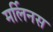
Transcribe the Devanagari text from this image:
मर्लिनस